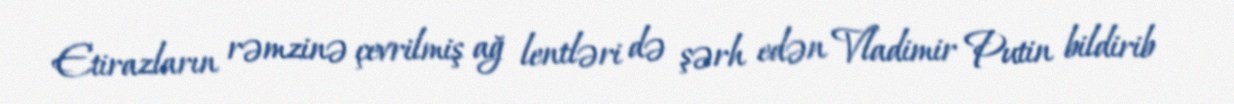
Etirazların rəmzinə çevrilmiş ağ lentləri də şərh edən Vladimir Putin bildirib